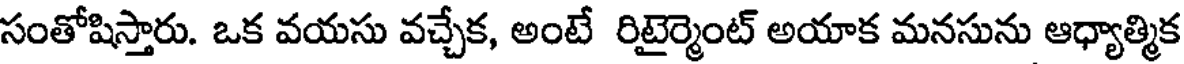
సంతోషిస్తారు. ఒక వయసు వచ్చేక, అంటే రిటైర్మెంట్ అయాక మనసును ఆధ్యాత్మిక